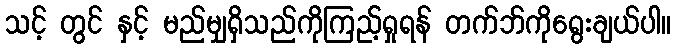
သင့် တွင် နှင့် မည်မျှရှိသည်ကိုကြည့်ရှုရန် တက်ဘ်ကိုရွေးချယ်ပါ။